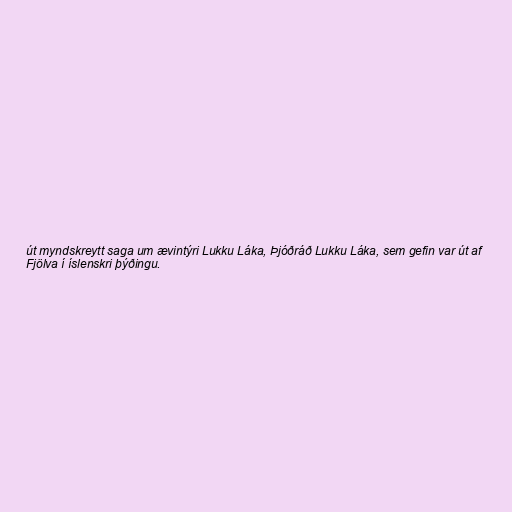
út myndskreytt saga um ævintýri Lukku Láka, Þjóðráð Lukku Láka, sem gefin var út af
Fjölva í íslenskri þýðingu.